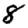
Digit: 8